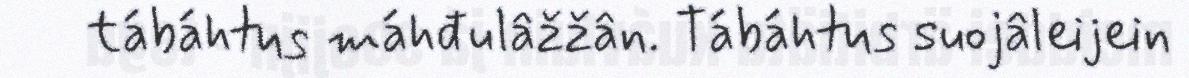
tábáhtus máhđulâžžân. Tábáhtus suojâleijein